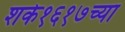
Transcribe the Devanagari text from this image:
शके१६१७च्या